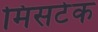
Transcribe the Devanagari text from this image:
मिसटेक